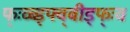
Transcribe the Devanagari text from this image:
फ्ःव्ब्ड्फ्व्बीड्फ्ःव